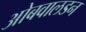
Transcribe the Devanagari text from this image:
ओबवालडन